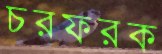
চরফরক